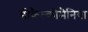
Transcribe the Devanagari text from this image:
डीकैल्कोमैनिया